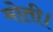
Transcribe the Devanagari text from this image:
मोती।